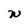
Character: w